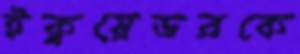
ইকুয়েডরকে